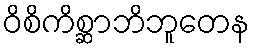
ဝိစိကိစ္ဆာဘိဘူတေန